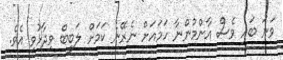
ވަނަ ބައި ވެސް އާންމުންނާ ހަމައަށް ނެރޭނެ ކަމަށް ލަބީބް ވިދާޅުވި އެވެ.